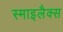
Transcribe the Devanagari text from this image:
स्माइलैक्स